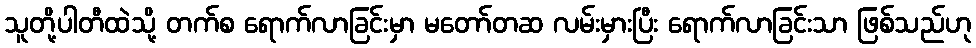
သူတို့ပါတီထဲသို့ တက်စ ရောက်လာခြင်းမှာ မတော်တဆ လမ်းမှားပြီး ရောက်လာခြင်းသာ ဖြစ်သည်ဟု